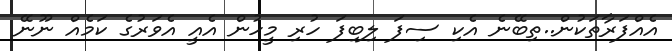
އެއްފަރާތަކުން..ތިބޭނެ އެކި ސިފަ ލިބިފަ ހުރި މީހުން އެއީ އެވަރުގެ ކަމެއް ނޫނޭ